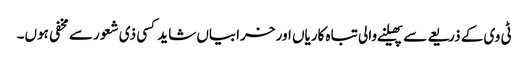
ٹی وی کے ذریعے سے پھیلنے والی تباہ کاریاں اور خرابیاں شاید کسی ذی شعور سے مخفی ہوں۔